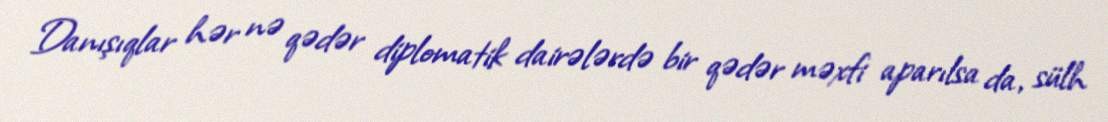
Danışıqlar hər nə qədər diplomatik dairələrdə bir qədər məxfi aparılsa da, sülh